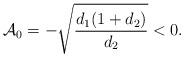
LaTeX: \begin{align*} {\mathcal{A}}_{0}=-\sqrt{\frac{d_{1}(1+d_{2})}{d_{2}}}<0.\end{align*}